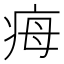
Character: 𤵝